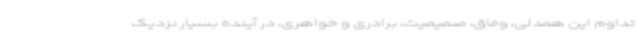
تداوم این همدلی، وفاق، صمیمیت، برادری و خواهری، در آینده بسیار نزدیک